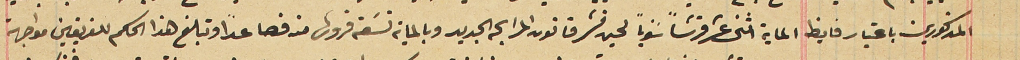
المذكورين باعتبار فايظ الماية اثنى عشر قرشاً سوياً لحين نشر قانون المرابحه الجديد وبالماية تسَعة قروش منه فصاعداً وتبلغ هذا الحكم للفريقين مواجهة